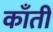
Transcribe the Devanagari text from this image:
काँती